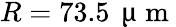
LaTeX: R=73.5\, \mathrm{~\textmu~m~}